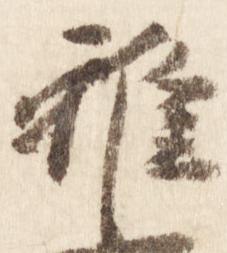
雅